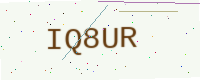
Text: IQ8UR